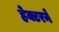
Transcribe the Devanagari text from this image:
हेक्टरने